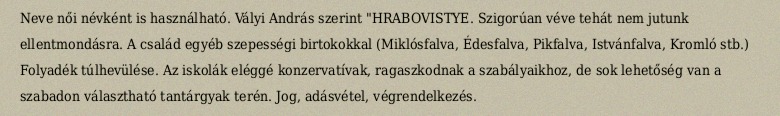
Neve női névként is használható. Vályi András szerint "HRABOVISTYE. Szigorúan véve tehát nem jutunk ellentmondásra. A család egyéb szepességi birtokokkal (Miklósfalva, Édesfalva, Pikfalva, Istvánfalva, Kromló stb.) Folyadék túlhevülése. Az iskolák eléggé konzervatívak, ragaszkodnak a szabályaikhoz, de sok lehetőség van a szabadon választható tantárgyak terén. Jog, adásvétel, végrendelkezés.